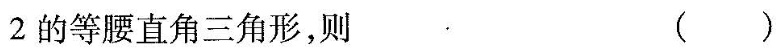
2的等腰直角三角形，则()